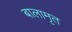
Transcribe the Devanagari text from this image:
बालामृत